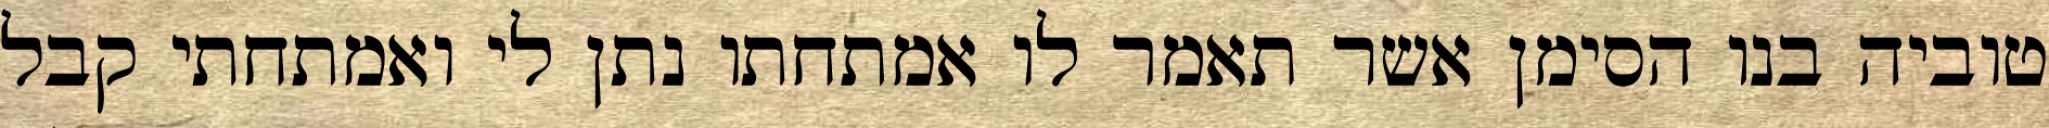
טוביה בנו הסימן אשר תאמר לו אמתחתו נתן לי ואמתחתי קבל